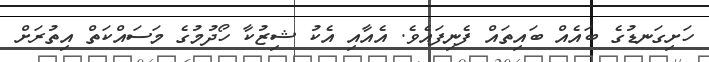
ހަށިގަނޑުގެ ބައެއް ބައިތައް ފެނިފައެވެ. އެއާއި އެކު ޝިޒުކާ ހޯދުމުގެ މަސައްކަތް އިތުރަށް